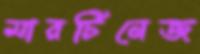
মারটিনেজ